Virumaa_algkoolid, lk 14
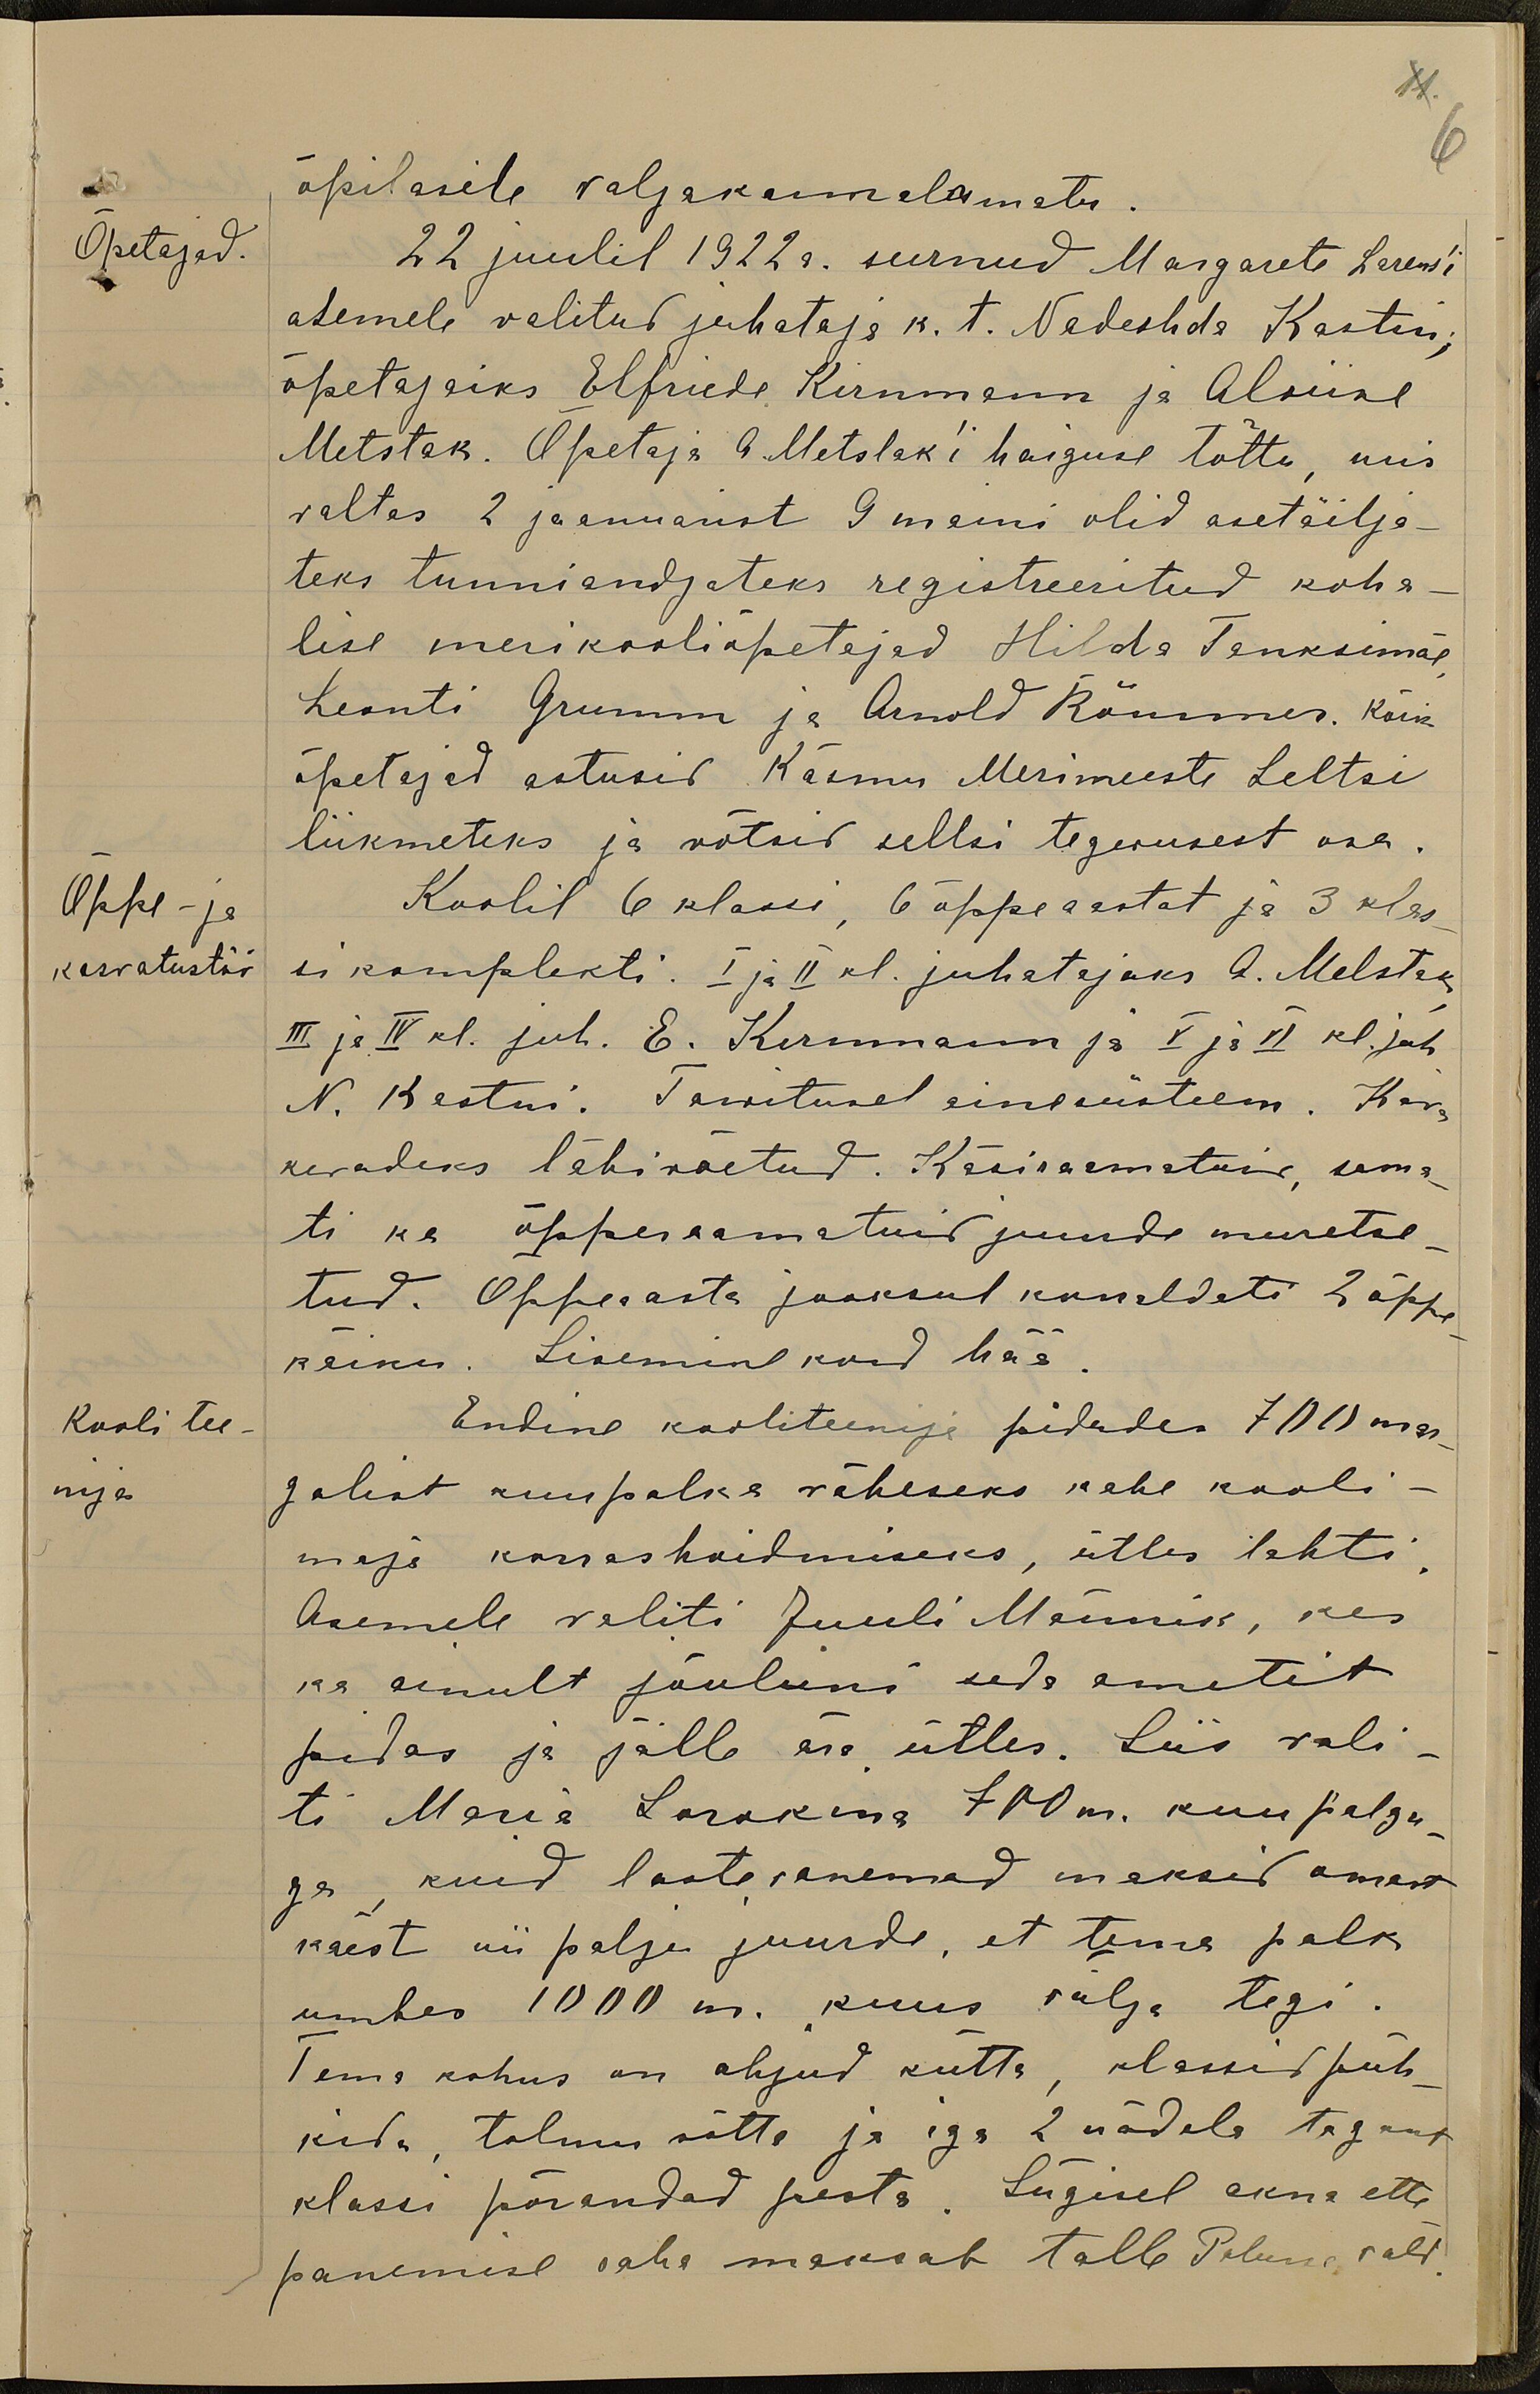
11
6
õpilasile väljakannatamatu
Õpetajad.
22 juulil 1922 a. surnud Margarete Larens'i
asemele valitud juhataja k. t. Nadeshda Kastni,
õpetajaiks Elfriede Kirnmann ja Alviine
Metstak. Õpetaja A. Metslak'i haiguse tõttu, mis
valtas 2 jaanuarist 9 maini olid asetäitja-
teks tunniandjateks registreeritud koha
lise merikooliõpetajad Hilda Tanksimäe,
Leonti Grumm ja Arnold Kömmer. Kõik
õpetajad astusid Käsmu Merimeeste Seltsi
liikmeteks ja võtsid seltsi tegevusest osa.
Õppe- ja
Koolil 6 klassi, 6 õppeastat ja 3 klas-
kasvatustöö
si komplekti. I ja II kl. juhatajaks A. Metstak
III ja IV kl. juh. E. Kernmann ja I ja II kl. juh.
N. Kestni. Tarvitusel ainesüsteem. Kava
kevadeks läbivõetud. Käsiraamatuid, sama-
ti ka õpperaamatuid juurde muretse-
tud. Õppeaasta jooksul korraldati 2 õppe-
käiku. Sisemine kord hää
Kooli tee-
Endine kooliteenija pidades 700 mar-
nija
galist kuupalka väheseks kahe kooli-
maja korrashoidmiseks, ütles lahti
Asemele valiti Juuli Männik, kes
ka ainult jõuluni seda ametit
pidas ja jälle ära ütles. Siis vali-
ti Maria Sorokina 700 m. kuupalga-
ga kuid lastevanemad maksid omast
käest nii palju juurde, et tema palk
umbes 1000 m. kuus välja tegi.
Tema kohus on ahjud kütta, klassid püh-
kida, tolmu võtta ja iga 2 nädala tagant
klassi põrandad pesta. Sügisel akna ette
panemise raha maksab talle Palmse vald.